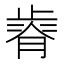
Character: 𣦒